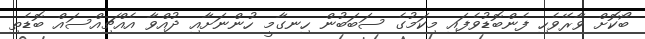
ބޯކޮށް ވާރޭވެހި ފެންބޮޑުވެފައި މިކަމުގެ ސަބަބުން ހިނގާމީ ހުންނަށާއި ދުއްވާ އެއްޗިއްސައް ބޮޑެތި